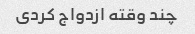
چند وقته ازدواج کردی